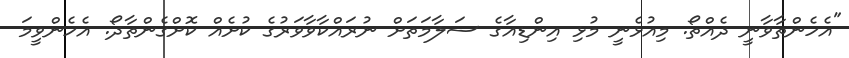
"އެހެންތާވާނީ ދެއްތޯ. މިއުޅެނީ މުޅި އިންޑިއާގެ ސަލާމަތަށް ނުރައްކާވާވަރުގެ ކުށެއް ކޮށްގެންތާދޯ. އެެހެންވީމަ